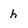
Character: h